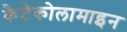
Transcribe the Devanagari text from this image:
कैटेकोलामाइन